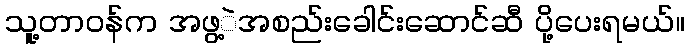
သူ့တာဝန်က အဖွ့ဲအစည်းခေါင်းဆောင်ဆီ ပို့ပေးရမယ်။